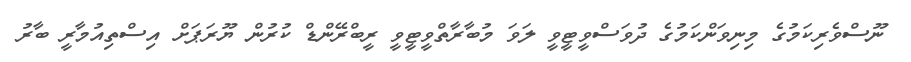
ނޫސްވެރިކަމުގެ މިނިވަންކަމުގެ ދުވަސްވީޓީވީ ލަވަ މުބާރާތްވީޓީވީ ރީބްރޭންޑް ކުރުން ޔޫރަޕަށް އިސްތިއުމާރީ ބާރު